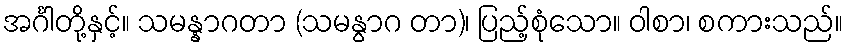
အင်္ဂါတို့နှင့်။ သမန္နာဂတာ (သမနွာဂ တာ)၊ ပြည့်စုံသော။ ဝါစာ၊ စကားသည်။